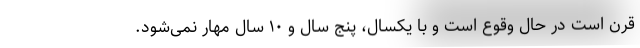
قرن است در حال وقوع است و با یکسال، پنج سال و ۱۰ سال مهار نمی‌شود.